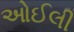
ઓઈલી